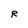
Character: R